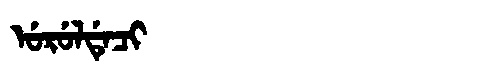
Manchu: ᡠᡵᡠᠯᡩᡝᠴᡳ
Romanization: URULDECI